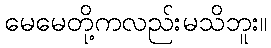
မေမေတို့ကလည်းမသိဘူး။